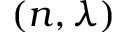
( n , \lambda )